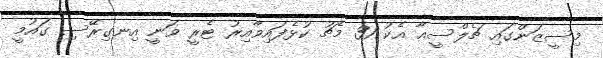
މިސީޒަންގައި ޗެލްސީއާ އެކު 31 މެޗު ކުޅެފައިވާއިރު ޓެރީ ވަނީ އިނގިރޭސި ގައުމީ